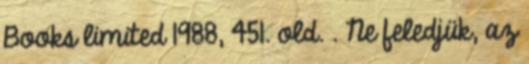
Books limited 1988, 451. old. . Ne feledjük, az